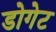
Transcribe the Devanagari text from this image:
डोगेट